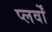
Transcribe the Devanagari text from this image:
प्लर्वों